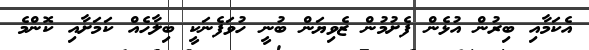
އެކަމާއި ބިރުން އުޅެން ފެށުމުން ޒެވިޔަން ބުނީ ހުވަފެނަކީ ބިލާހެއް ކަމަށާއި ކޮންމެ